Civil Veterinary Department. United Provinces 1923-31 - 1923-1931
Year: 1923
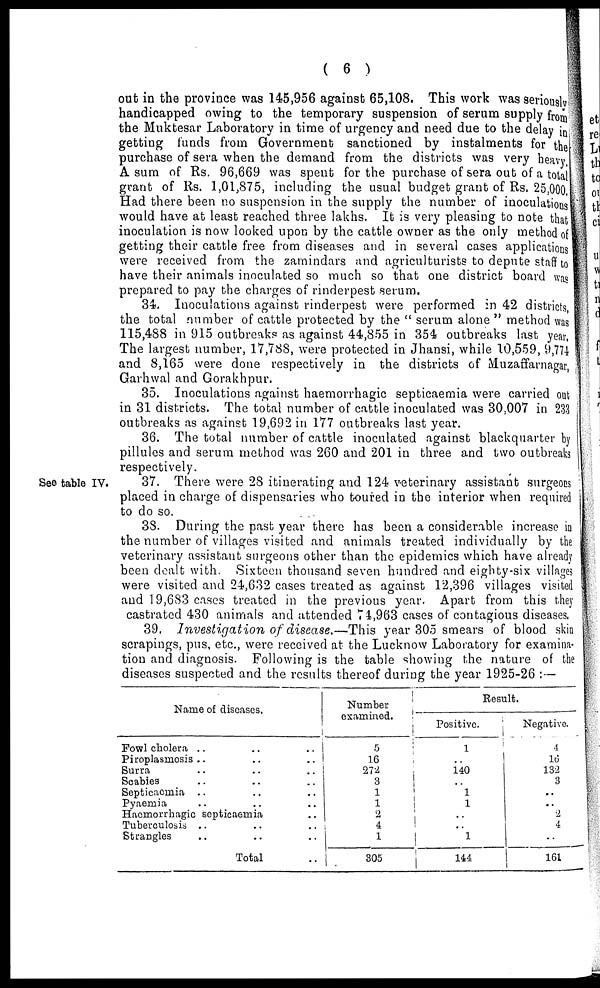
( 6 )
out in the province was 145,956 against 65,108. This work was seriously
handicapped owing to the temporary suspension of serum supply from
the Muktesar Laboratory in time of urgency and need due to the delay in
getting funds from Government sanctioned by instalments for the
purchase of sera when the demand from the districts was very heavy,
A sum of Rs. 96,669 was spent for the purchase of sera out of a total
grant of Rs. 1,01,875, including the usual budget grant of Rs, 25,000.
Had there been no suspension in the supply the number of inoculations
would have at least reached three lakhs. It is very pleasing to note that
inoculation is now looked upon by the cattle owner as the only method of
getting their cattle free from diseases and in several cases applications
were received from the zamindars and agriculturists to depute staff to
have their animals inoculated so much so that one district board was
prepared to pay the charges of rinderpest serum.
34. Inoculations against rinderpest were performed in 42 districts,
the total number of cattle protected by the " serum alone " method was
115,488 in 915 outbreaks as against 44,855 in 354 outbreaks last year.
The largest number, 17,788, were protected in Jhansi, while 10,559, 9,774
and 8,165 were done respectively in the districts of Muzaffarnagar,
Garhwal and Gorakhpur.
35. Inoculations against haemorrhagic septicaemia were carried out
in 31 districts. The total number of cattle inoculated was 30.007 in 233
outbreaks as against 19,692 in 177 outbreaks last year.
36. The total number of cattle inoculated against blackquarter by
pillules and serum method was 260 and 201 in three and two outbreaks
respectively.
See table IV.
37. There were 28 itinerating and 124 veterinary assistant surgeons
placed in charge of dispensaries who toured in the interior when required
to do so.
38. During the past year there has been a considerable increase in
the number of villages visited and animals treated individually by the
veterinary assistant surgeons other than the epidemics which have already
been dealt with. Sixteen thousand seven hundred and eighty-six villages
were visited and 24,632 cases treated as against 12,396 villages visited
and 19,683 cases treated in the previous year. Apart from this they
castrated 430 animals and attended 74,963 cases of contagious diseases.
39. Investigation
of disease.—This year 305 smears of blood skin
scrapings, pus, etc., were received at the Lucknow Laboratory for examina-
tion and diagnosis. Following is the table showing the nature of the
diseases suspected and the results thereof during the year 1925-26 :—
Name of diseases.
Fowl cholera .. .. ..
Piroplasniosis .. .. ..
Surra .. .. ..
Scabies .. .. ..
Septicaemia .. .. ..
Pyaemia .. .. ..
Haemorrhagic septicaemia ..
Tuberculosis .. .. ..
Strangles .. .. ..
Total ..
Number
examined.
5
16
272
3
1
1
2
4
1
305
Result.
Positive.
1
..
140
..
1
1
..
..
1
144
Negative.
4
16
132
3
..
.. 2
4
..
161